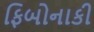
ફિબોનાકી